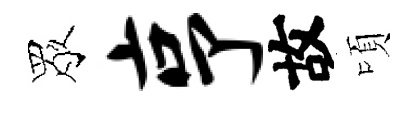
眾亨故頃